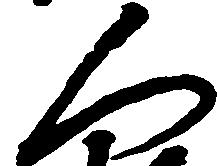
人